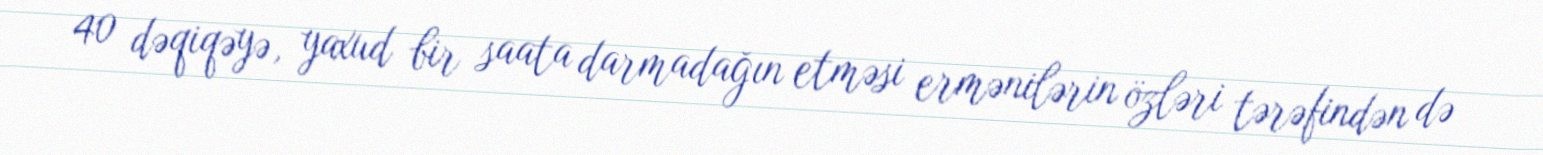
40 dəqiqəyə, yaxud bir saata darmadağın etməsi ermənilərin özləri tərəfindən də